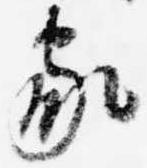
家